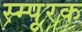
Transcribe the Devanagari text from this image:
स्म्पूरक